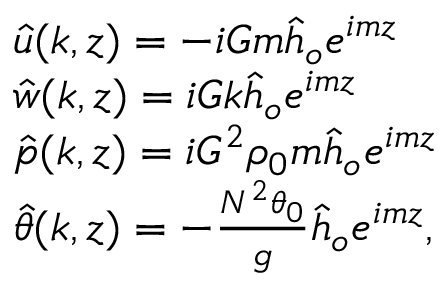
\begin{array} { r l } & { \hat { u } ( k , z ) = - i G m \hat { h } _ { o } e ^ { i m z } } \\ & { \hat { w } ( k , z ) = i G k \hat { h } _ { o } e ^ { i m z } } \\ & { \hat { p } ( k , z ) = i G ^ { 2 } \rho _ { 0 } m \hat { h } _ { o } e ^ { i m z } } \\ & { \hat { \theta } ( k , z ) = - \frac { N ^ { 2 } \theta _ { 0 } } { g } \hat { h } _ { o } e ^ { i m z } , } \end{array}